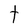
Character: t